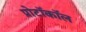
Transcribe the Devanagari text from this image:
प्रोटॉकॉल